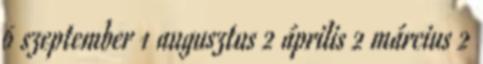
6 szeptember 1 augusztus 2 április 2 március 2